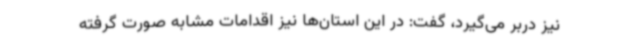
نیز دربر می‌گیرد، گفت: در این استان‌ها نیز اقدامات مشابه صورت گرفته